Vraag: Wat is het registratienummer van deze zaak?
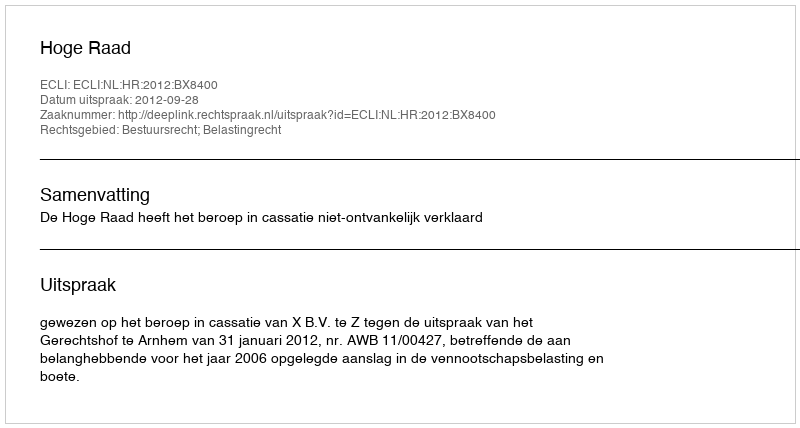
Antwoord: http://deeplink.rechtspraak.nl/uitspraak?id=ECLI:NL:HR:2012:BX8400